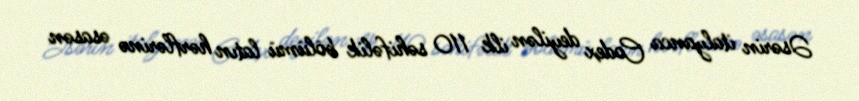
Əsərin italyanca Codex deyilən ilk 110 səhifəlik bölümü latın hərflərinə əsasən